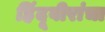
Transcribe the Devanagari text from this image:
हिंदूवीरांचा